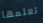
تعلمها